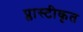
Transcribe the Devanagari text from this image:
प्लास्टीकृत